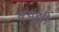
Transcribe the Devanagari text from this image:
क्यूंझी